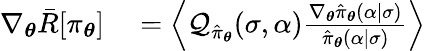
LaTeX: \begin{array}{rl}{\nabla_{\boldsymbol{\theta}}\bar{R}[\pi_{\boldsymbol{\theta}}]}&{{}=\left\langle\mathcal{Q}_{\hat{\pi}_{\boldsymbol{\theta}}}(\sigma,\alpha)\frac{\nabla_{\boldsymbol{\theta}}\hat{\pi}_{\boldsymbol{\theta}}(\alpha\vert\sigma)}{\hat{\pi}_{\boldsymbol{\theta}}(\alpha\vert\sigma)}\right\rangle}\end{array}